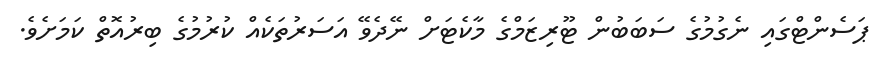
ޕަސެންޓްގައި ނެގުމުގެ ސަބަބުން ޓޫރިޒަމްގެ މާކެޓަށް ނޭދެވޭ އަސަރުތަކެއް ކުރުމުގެ ބިރުއޮތް ކަމަށެވެ.